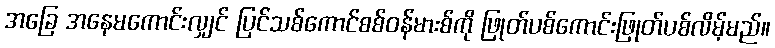
အခြေ အနေမကောင်းလျှင် ပြင်သစ်ကောင်စစ်ဝန်မားစ်ကို ဖြုတ်ပစ်ကောင်းဖြုတ်ပစ်လိမ့်မည်။